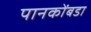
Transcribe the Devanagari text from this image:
पानकोंबडा